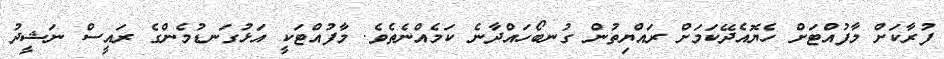
ފުރާކަށް މާފުއްޓަށް ހެޔޮއެދޭކަމަށް ރައްޔިތުން ގުނބޯހައްދާނެ ކަމެއްނެތެވެ. މާފުއްޓަކީ އަޅުގަނޑުމެންގެ ރައީސް ނަޝީދު